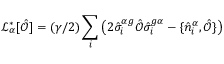
\mathcal { L } _ { \alpha } ^ { * } [ \hat { \mathcal { O } } ] = ( \gamma / 2 ) \sum _ { i } \left( 2 \hat { \sigma } _ { i } ^ { \alpha g } \hat { \mathcal { O } } \hat { \sigma } _ { i } ^ { g \alpha } - \{ \hat { n } _ { i } ^ { \alpha } , \hat { \mathcal { O } } \} \right)